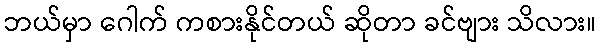
ဘယ်မှာ ဂေါက် ကစားနိုင်တယ် ဆိုတာ ခင်ဗျား သိလား။